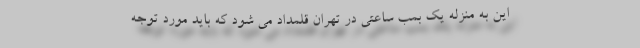
این به منزله یک بمب ساعتی در تهران قلمداد می شود که باید مورد توجه